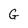
Character: G